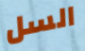
السل